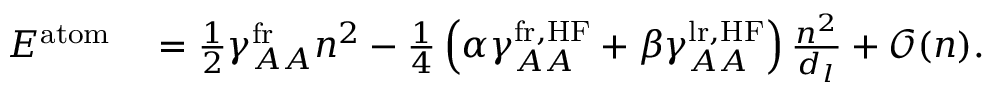
\begin{array} { r l } { E ^ { \mathrm { a t o m } } } & { { } = \frac { 1 } { 2 } \gamma _ { A A } ^ { \mathrm { f r } } n ^ { 2 } - \frac { 1 } { 4 } \left( \alpha \gamma _ { A A } ^ { \mathrm { f r , H F } } + \beta \gamma _ { A A } ^ { \mathrm { l r , H F } } \right) \frac { n ^ { 2 } } { d _ { l } } + \mathcal { O } ( n ) . } \end{array}